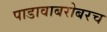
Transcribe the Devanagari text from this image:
पाडावाबरोबरच